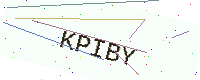
Text: KPIBY